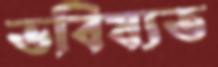
ভবিষ্যত